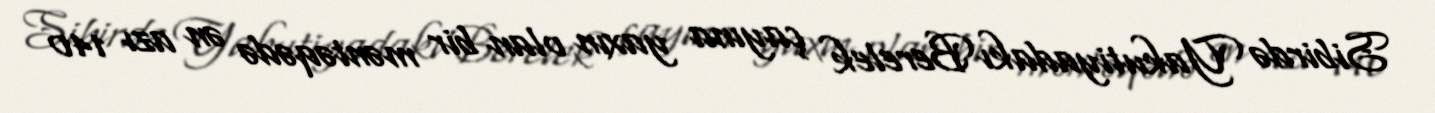
Sibirdə Yakutiyadakı Berelek çayına yaxın olan bir məntəqədə ən azı 140